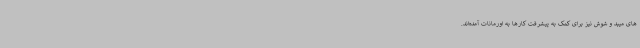
های میبد و شوش نیز برای کمک به پیشرفت کارها به اورمانات آمده‌اند.